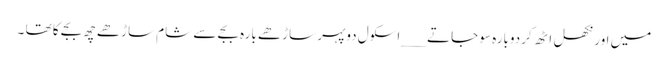
میں اور نکھل اٹھ کردوبارہ سو جاتے ___ اسکول دوپہر ساڑھے بارہ بجے سے شام ساڑھے چھ بجے کا تھا ۔